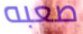
صعبه